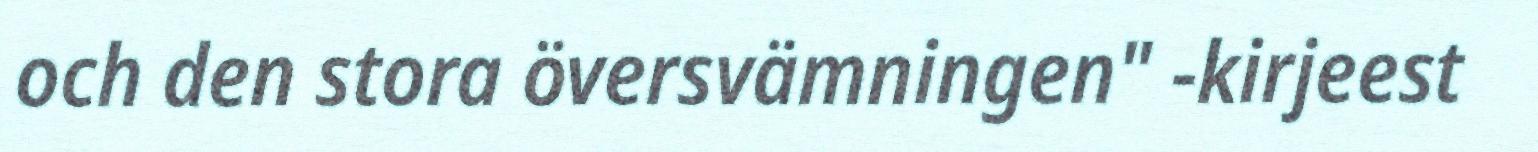
och den stora översvämningen" -kirjeest